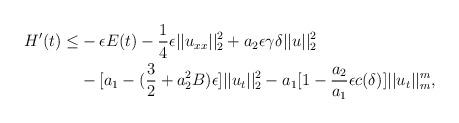
LaTeX: \begin{align*}H'(t) \leq & -\epsilon E(t) - \frac{1}{4} \epsilon ||u_{xx}||^2_2 + a_2 \epsilon \gamma \delta ||u||^2_2 \\ & - [a_1 - (\frac{3}{2} + a_2^2 B)\epsilon]||u_t||_2^2 - a_1[1- \frac{a_2}{a_1} \epsilon c(\delta)] ||u_t||_m^m,\end{align*}